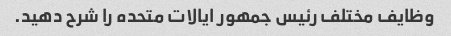
وظایف مختلف رئیس جمهور ایالات متحده را شرح دهید.